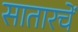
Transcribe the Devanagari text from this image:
सातारचें